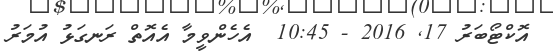
އޮކްޓޯބަރު 17